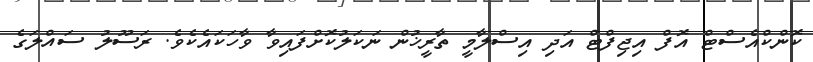
ކޮންކްއެސްޓް އޮފް އިޖިފްޓް އަދި އިސްލާމީ ތާރީޚުން ނަކަލުކޮށްފައިވާ ވާހަކައެކެވެ. ރަސޫލު ސައްލަގެ